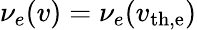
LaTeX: \nu_{e}(v)=\nu_{e}(v_{\mathrm{th,e}})